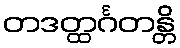
တဒတ္ထင်္ဂတန္တိ